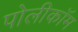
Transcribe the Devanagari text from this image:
पोलीकॉम